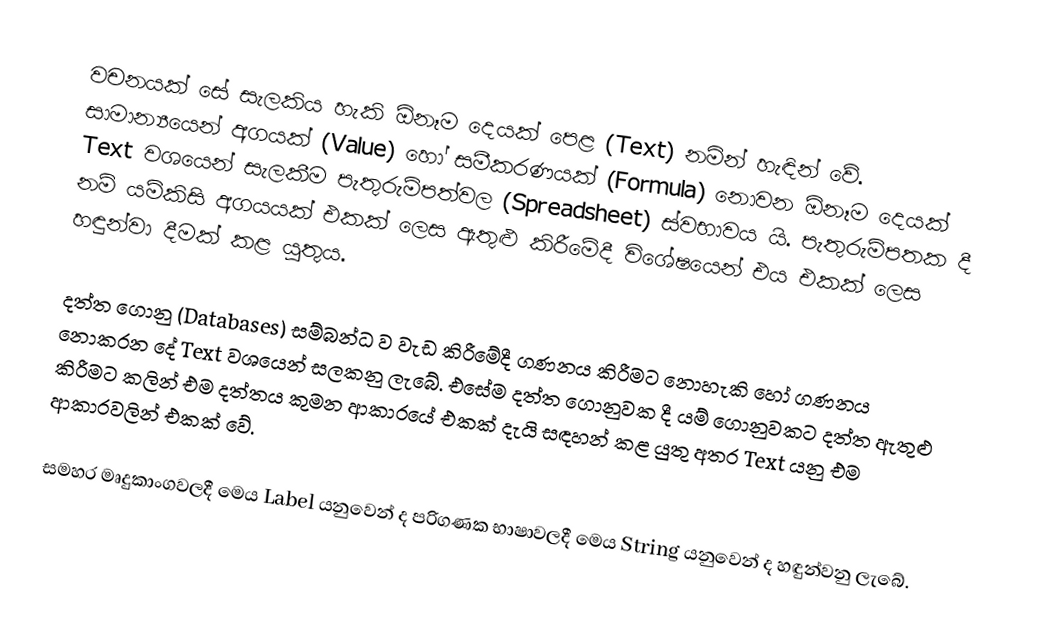
වචනයක් සේ සැලකිය හැකි ඕනෑම දෙයක් පෙළ (Text) නමින් හැඳින් වේ. සාමාන්‍යයෙන් අගයක් (Value) හෝ සමීකරණයක් (Formula) නොවන ඕනෑම දෙයක් Text වශයෙන් සැලකීම පැතුරුම්පත්වල (Spreadsheet) ස්වභාවය යි. පැතුරුම්පතක දී නම් යම්කිසි අගයයක් එකක් ලෙස ඇතුළු කිරීමේදී විශේෂයෙන් එය එකක් ලෙස හඳුන්වා දීමක් කළ යුතුය.

දත්ත ගොනු (Databases) සම්බන්ධ ව වැඩ කිරීමේදී ගණනය කිරීමට නොහැකි හෝ ගණනය නොකරන දේ Text වශයෙන් සලකනු ලැබේ. එසේම දත්ත ගොනුවක දී යම් ගොනුවකට දත්ත ඇතුළු කිරීමට කලින් එම දත්තය කුමන ආකාරයේ එකක් දැයි සඳහන් කළ යුතු අතර Text යනු එම ආකාරවලින් එකක් වේ.

සමහර මෘදුකාංගවලදී මෙය Label යනුවෙන් ද පරිගණක භාෂාවලදී මෙය String යනුවෙන් ද හඳුන්වනු ලැබේ.